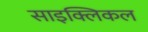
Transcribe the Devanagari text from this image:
साइक्लिकल